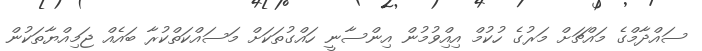
ސައްދާމްގެ މައްޗަށް މަރުގެ ހުކުމް އިއްިވުމުން އިންސާނީ ހައްގުތަކަށް މަސައްކަތްކުރާ ބައެއް ޖަމިއްޔާތަކުން